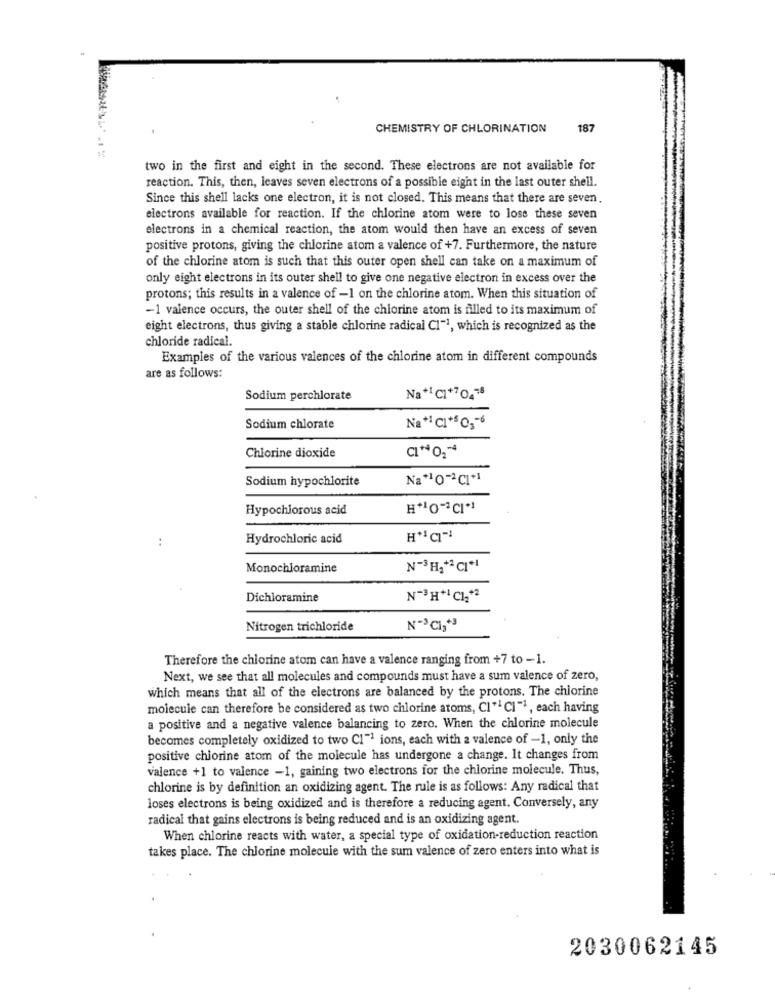
CHEMISTRY OF CHLORINATION
187
two in the first and eight in the second. These electrons are not available for
reaction. This, then, leaves seven electrons of a possible eight in the last outer shell.
Since this shell lacks one electron, it is not closed. This means that there are seven.
electrons available for reaction. If the chlorine atom were to lose these seven
electrons in a chemical reaction, the atom would then have an excess of seven
positive protons, giving the chlorine atom a valence of +7. Furthermore, the nature
of the chlorine atom is such that this outer open shell can take on a maximum of
only eight electrons in its outer shell to give one negative electron in excess over the
protons; this results in a valence of -1 on the chlorine atom. When this situation of
-1 valence occurs, the outer shell of the chlorine atom is filled to its maximum of
eight electrons, thus giving a stable chlorine radical Cl"1, which is recognized as the
chloride radical.
Examples of the various valences of the chlorine atom in different compounds
are as follows:
Sodium perchlorate
Na+1CI*704"
Sodium chlorate
CI*402 **
Chlorine dioxide
Sodium hypochlorite
Na*10-2CI*1
Hypochlorous acid
Hydrochloric acid
Monochloramine
Dichloramine
N-3H+1 C12*2
Nitrogen trichloride
N-3C13*3
Therefore the chlorine atom can have a valence ranging from +7 to -1.
Next, we see that all molecules and compounds must have a sum valence of zero,
which means that all of the electrons are balanced by the protons. The chlorine
molecule can therefore be considered as two chlorine atoms, Cl" CI "1, each having
a positive and a negative valence balancing to zero. When the chlorine molecule
becomes completely oxidized to two Cl"1 ions, each with a valence of -1, only the
positive chlorine atom of the molecule has undergone a change. It changes from
valence +1 to valence -1, gaining two electrons for the chlorine molecule. Thus,
chlorine is by definition an oxidizing agent. The rule is as follows: Any radical that
loses electrons is being oxidized and is therefore a reducing agent. Conversely, any
radical that gains electrons is being reduced and is an oxidizing agent.
When chlorine reacts with water, a special type of oxidation-reduction reaction
takes place. The chlorine molecule with the sum valence of zero enters into what is
2030062145